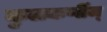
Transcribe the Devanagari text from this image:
कुलकर्णीज्